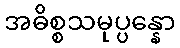
အဓိစ္စသမုပ္ပန္နော